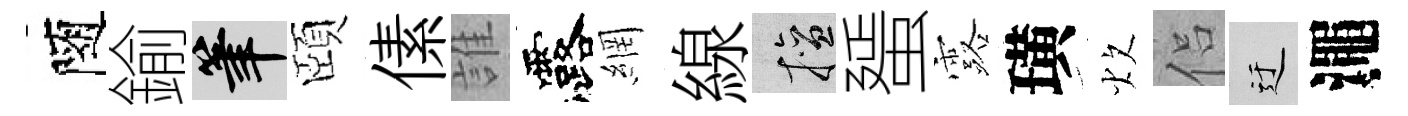
隨鍮筆頤傃誰露網線擅蜑露璜炊侣迂澠